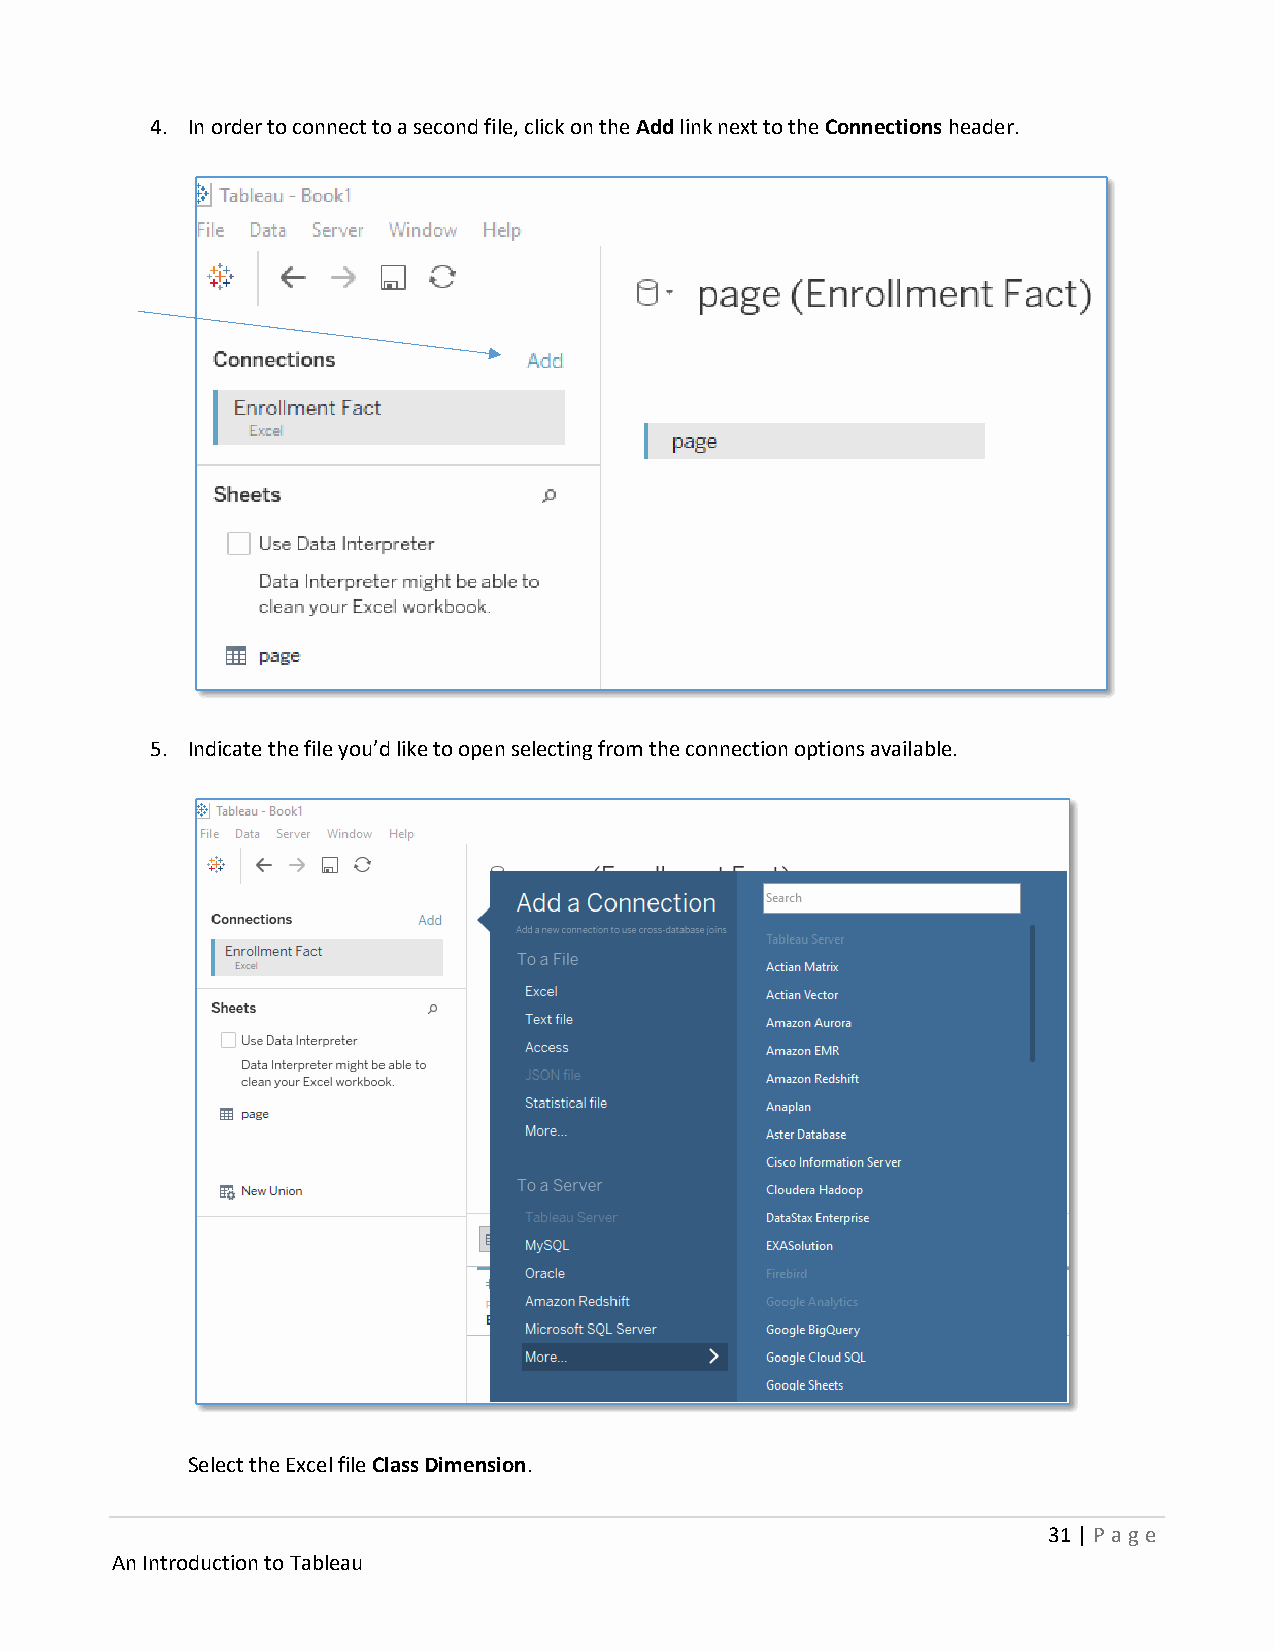
4. In order to connect to a second file, click on the Add link next to the Connections header.
 5. Indicate the file you’d like to open selecting from the connection options available.
 Select the Excel file Class Dimension.
 31 | P age
 An Introduction to Tableau